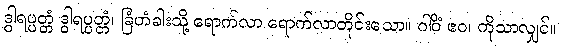
ဒွါရပ္ပတ္တံ ဒွါရပ္ပတ္တံ၊ ခြံတံခါးသို့ ရောက်လာ ရောက်လာတိုင်းသော။ ဂါဝိံ ဧဝ၊ ကိုသာလျှင်။